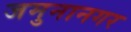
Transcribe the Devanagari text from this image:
जमुनानगर